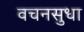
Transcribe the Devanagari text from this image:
वचनसुधा